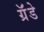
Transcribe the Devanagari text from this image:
ग्रॅंडे